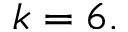
k = 6 .